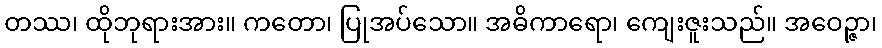
တဿ၊ ထိုဘုရားအား။ ကတော၊ ပြုအပ်သော။ အဓိကာရော၊ ကျေးဇူးသည်။ အဝေဉ္ဇာ၊